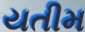
યતીમ